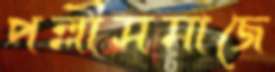
পল্লীসমাজে